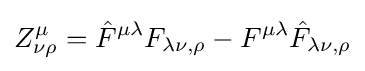
Z_{\nu \rho }^{\mu }={\hat {F}}^{\mu \lambda }F_{\lambda \nu ,\rho }-F^{\mu \lambda }{\hat {F}}_{\lambda \nu ,\rho }